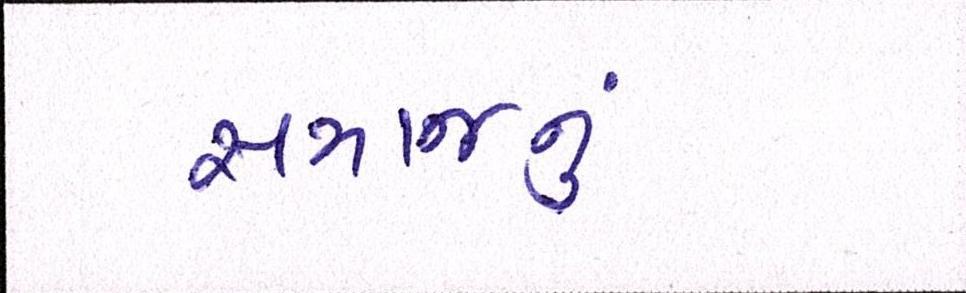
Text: સમાજનું